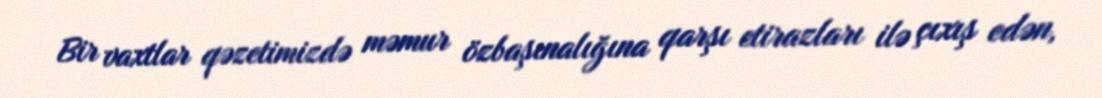
Bir vaxtlar qəzetimizdə məmur özbaşınalığına qarşı etirazları ilə çıxış edən,